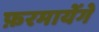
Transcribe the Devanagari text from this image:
फ़रमायेंगे